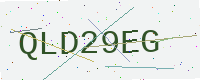
Text: QLD29EG